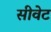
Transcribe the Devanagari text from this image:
सीवेट